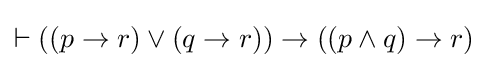
\vdash ((p\rightarrow r)\lor (q\rightarrow r))\rightarrow ((p\land q)\rightarrow r)